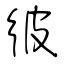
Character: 彼